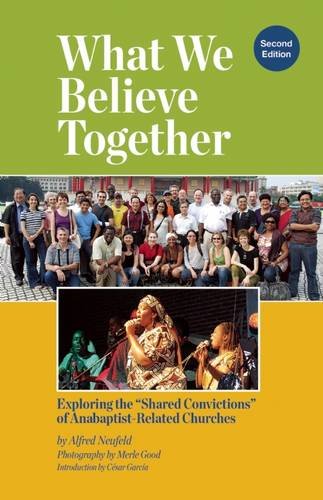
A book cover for What We Believe Together: Exploring the EEShared ConvictionsEE of Anabaptist-Related Churches; Alfred Neufeld; Christian Books & Bibles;